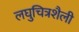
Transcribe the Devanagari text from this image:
लघुचित्रशैली